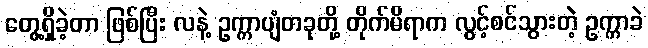
တွေ့ရှိခဲ့တာ ဖြစ်ပြီး လနဲ့ ဥက္ကာပျံတခုတို့ တိုက်မိရာက လွင့်စင်သွားတဲ့ ဥက္ကာခဲ